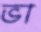
ভা